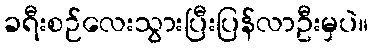
ခရီးစဉ်လေးသွားပြီးပြန်လာဦးမှပဲ။